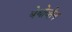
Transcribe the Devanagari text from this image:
बेथोव्हेन